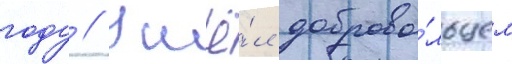
году // Ушё́л доброво́льцем